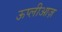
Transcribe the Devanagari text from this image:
ऊप्लीआज़